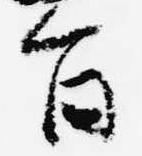
旨